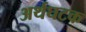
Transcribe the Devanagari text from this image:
अर्थघटक